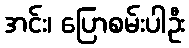
အင်း၊ ပြောစမ်းပါဦး